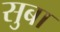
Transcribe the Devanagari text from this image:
सुबा